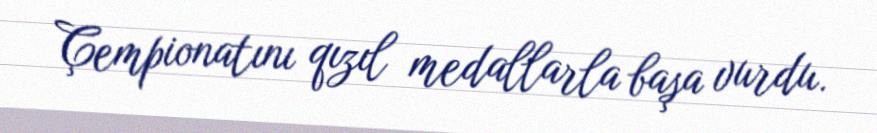
Çempionatını qızıl medallarla başa vurdu.